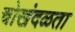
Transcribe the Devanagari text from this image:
चोखंदळता